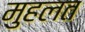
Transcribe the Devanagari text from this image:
मुहलत